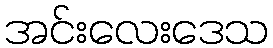
အင်းလေးဒေသ